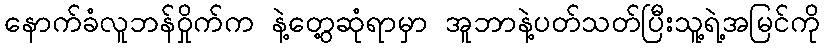
နောက်ခံလူဘန်ဝှိုက်က နဲ့တွေ့ဆုံရာမှာ အူဘာနဲ့ပတ်သတ်ပြီးသူ့ရဲ့အမြင်ကို